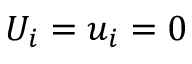
U _ { i } = u _ { i } = 0